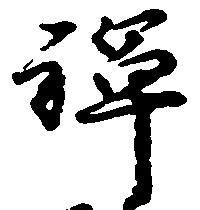
禅